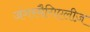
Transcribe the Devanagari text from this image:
जंगरमैगिएलीज़